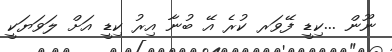
ނޫން ...ކިޑީ ފޭވަރ ކުރެ އޭ ބުނާ އިރު ކިޑީ އަށް ލަވަޔަކީ